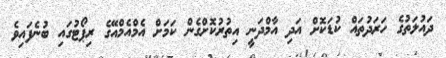
ދައުލަތުގެ ހަރަދުތައް ކުޑަކޮށް އަދި އާމްދަނީ އިތުރުކޮށްގެން ކަމަށް އެމްއެމްއޭގެ ރިޕޯޓުގައި ބުނެފައިވެ